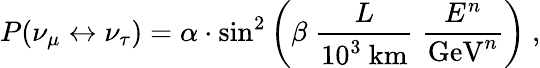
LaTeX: P(\nu_{\mu}\leftrightarrow\nu_{\tau})=\alpha\cdot\sin^{2}\left(\beta\; \frac{L}{10^{3}\mathrm{\ km}}\; \frac{E^{n}}{\mathrm{GeV}^{n}}\right)\ ,